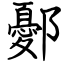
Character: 鄾